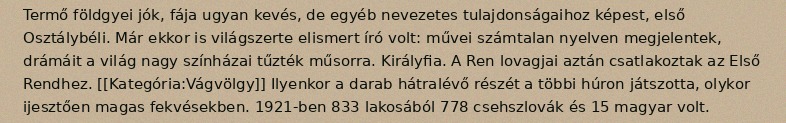
Termő földgyei jók, fája ugyan kevés, de egyéb nevezetes tulajdonságaihoz képest, első Osztálybéli. Már ekkor is világszerte elismert író volt: művei számtalan nyelven megjelentek, drámáit a világ nagy színházai tűzték műsorra. Királyfia. A Ren lovagjai aztán csatlakoztak az Első Rendhez. [[Kategória:Vágvölgy]] Ilyenkor a darab hátralévő részét a többi húron játszotta, olykor ijesztően magas fekvésekben. 1921-ben 833 lakosából 778 csehszlovák és 15 magyar volt.